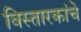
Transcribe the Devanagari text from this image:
विस्तारकांचे